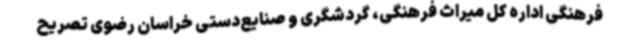
فرهنگی اداره کل میراث فرهنگی، گردشگری و صنایع‌دستی خراسان رضوی تصریح